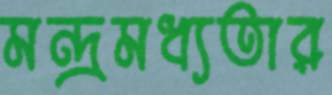
মন্দ্রমধ্যতার